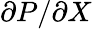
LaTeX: \partial P/\partial X